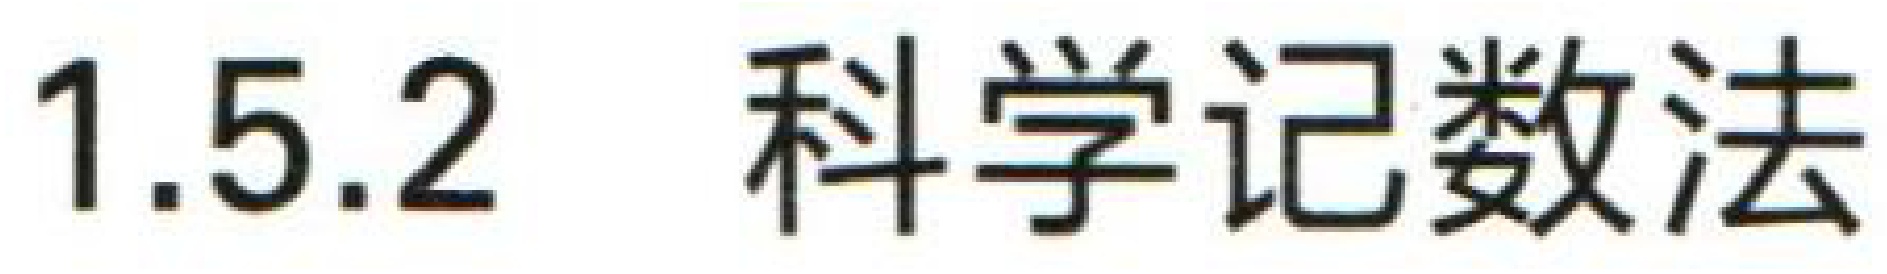
1.5.2 科学记数法